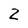
Character: Z